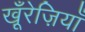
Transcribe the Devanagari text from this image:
खू़ँरेज़ियाँ